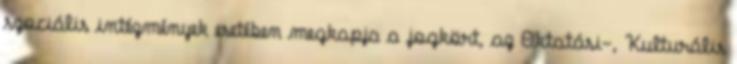
szociális intézmények esetében megkapja a jogkört, az Oktatási-, Kulturális